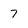
Character: 7